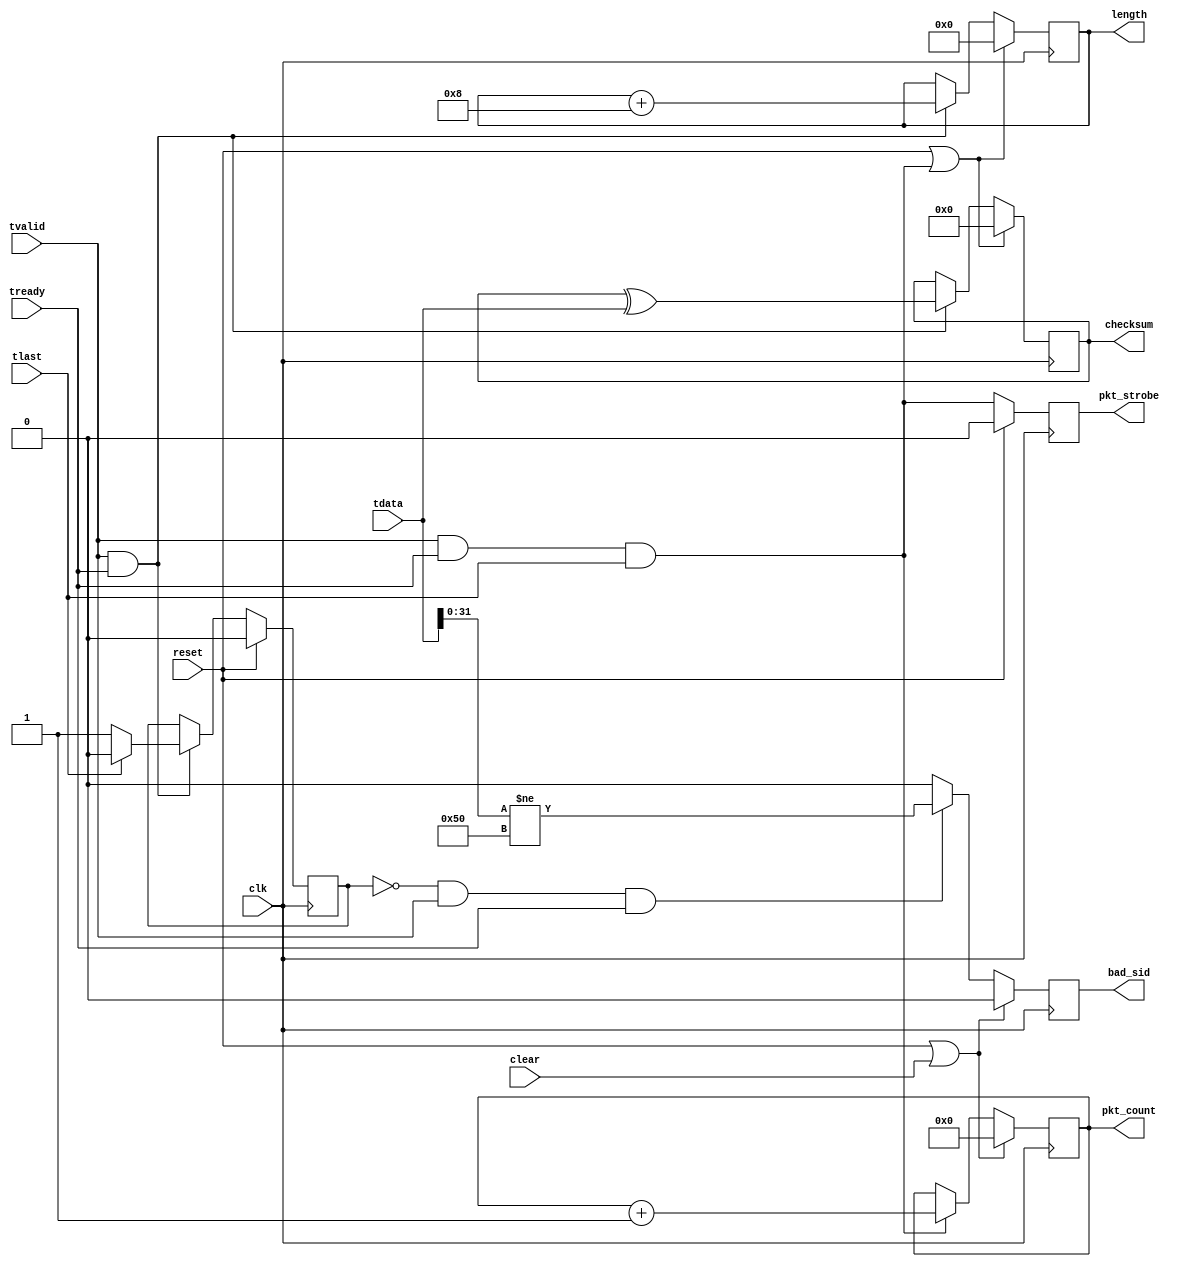
//
// Copyright 2014 Ettus Research LLC
// Copyright 2018 Ettus Research, a National Instruments Company
//
// SPDX-License-Identifier: LGPL-3.0-or-later
//

module axis_packet_debug
  #(
    parameter EXPECTED_SID = 32'h0000_0050
    )
  (
   input          clk,
   input          reset,
   input          clear,

   //Packet In
   input [63:0]   tdata,
   input          tlast,
   input          tvalid,
   input          tready,

   //Per packet info
   output reg           pkt_strobe,
   output reg [15:0]    length,
   output reg [63:0]    checksum,
   output reg           bad_sid,
   //Statistics
   output reg [31:0]    pkt_count
);

   localparam ST_HEADER = 1'b0;
   localparam ST_DATA   = 1'b1;

   //Packet state logic
   reg   pkt_state;
   always @(posedge clk) begin
      if (reset) begin
         pkt_state <= ST_HEADER;
      end else if (tvalid & tready) begin
         pkt_state <= tlast ? ST_HEADER : ST_DATA;
      end
   end

   //Trigger logic
   always @(posedge clk)
      if (reset)
         pkt_strobe <= 1'b0;
      else
         pkt_strobe <= tvalid && tready && tlast;

   //Length capture
   always @(posedge clk)
      if (reset || (tvalid && tready && tlast))
         length <= 16'd0;
      else
         if (tvalid & tready)
            length <= length + 16'd8;

   //Checksum capture
   always @(posedge clk)
      if (reset || (tvalid && tready && tlast) )
         checksum <= 64'd0;
      else
         if (tvalid & tready)
            checksum <= checksum ^ tdata;

   //Counts
   always @(posedge clk)
      if (reset | clear) begin
         pkt_count <= 32'd0;
      end else begin
         if (tvalid && tready && tlast) begin
            pkt_count <= pkt_count + 32'd1;
         end
      end

   // Check for unexpected SID
   always @(posedge clk)
      if (reset | clear) begin
	 bad_sid <= 1'b0;
      end else if ((pkt_state == ST_HEADER) && tvalid && tready ) begin
	 bad_sid <= tdata[31:0] != EXPECTED_SID;
      end else begin
	 bad_sid <= 1'b0;
      end

endmodule // cvita_packet_debug